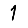
Digit: 1